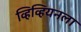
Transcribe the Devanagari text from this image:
व्हिव्हियनला